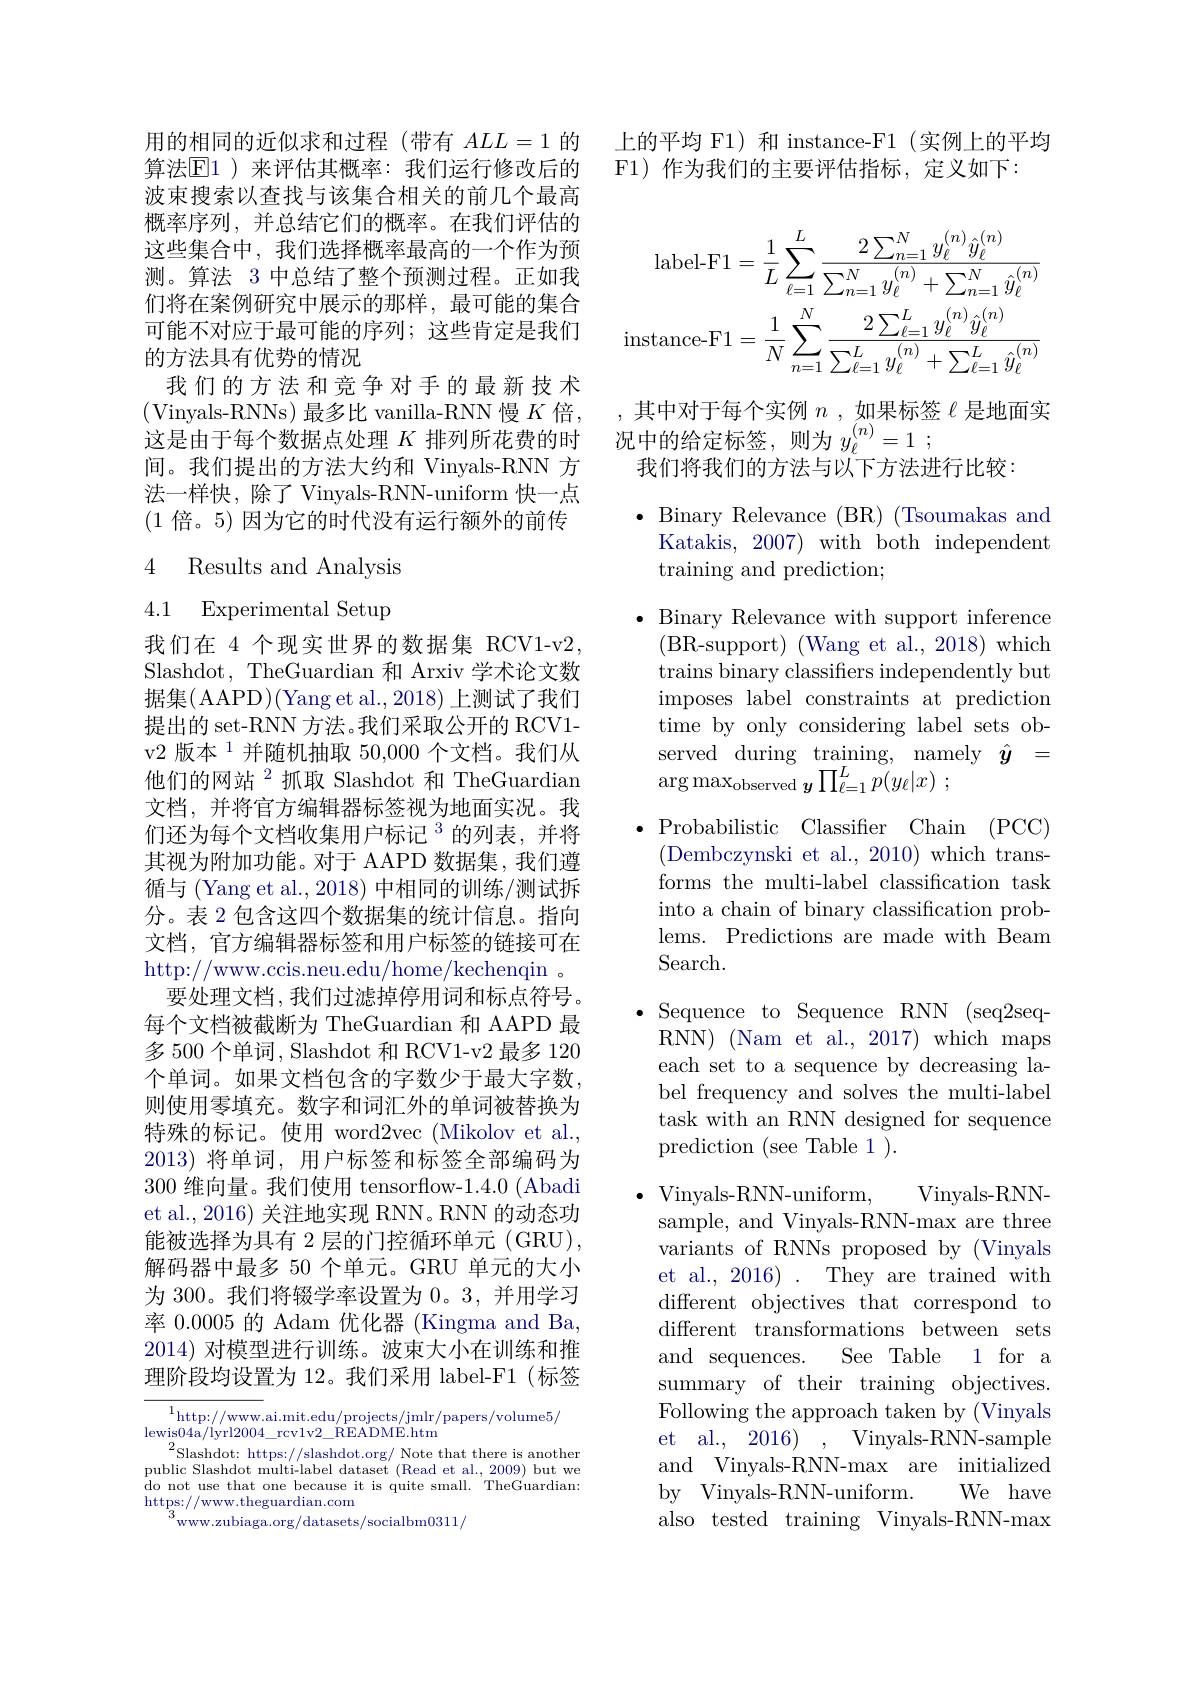
用的相同的近似求和过程(带有$ALL=1$的算法$\overline{\mathrm{E}}1$ )来评估其概率：我们运行修改后的波束搜索以查找与该集合相关的前几个最高概率序列，并总结它们的概率。在我们评估的这些集合中，我们选择概率最高的一个作为预测。算法 3 中总结了整个预测过程。正如我们将在案例研究中展示的那样，最可能的集合可能不对应于最可能的序列；这些肯定是我们的方法具有优势的情况
我们的方法和竞争对手的最新技术(Vinyals-RNNs)最多比 vanilla-RNN 慢$K$倍， 这是由于每个数据点处理$K$排列所花费的时间。我们提出的方法大约和 Vinyals-RNN 方法一样快，除了 Vinyals-RNN-uniform 快一点(1倍。5) 因为它的时代没有运行额外的前传

## 4 Results and Analysis 4.1 Experimental Setup

我们在 4 个现实世界的数据集 RCV1-v2, Slashdot, TheGuardian 和 Arxi 据集( AAPD)( Yang et al., 2018) 上测试了我们提出的 set-RNN 方法。我们采取公开的 RCV1- v2 版本 $^{1}$并随机抽取 50,000 个文档。我们从他们的网站$^2$抓取 Slashdot 和 TheGuardian 文档，并将官方编辑器标签视为地面实况。我们还为每个文档收集用户标记$^{3}$的列表，并将其视为附加功能。对于 AAPD 数据集，我们遵循与 (Yang et al., 2018) 中相同的训分。表 2 包含这四个数据集的统计信息。指向文档，官方编辑器标签和用户标签的链接可在http://www.ccis.neu.edu/home/kechenqin 。
要处理文档，我们过滤掉停用词和标点符号。每个文档被截断为 TheGuardian 和 AAPD 最多500个单词，Slashdot 和 RCV1-v2 个单词。如果文档包含的字数少于最大字数， 则使用零填充。数字和词汇外的单词被替换为特殊的标记。使用 word2vec (Mikolov et al., 2013) 将单词，用户标签和标签全部编码为300 维向量。我们使用 tensorflow-1.4.0 (Abadi et al., 2016) 关注地实现 RNN。RNN 的动态功能被选择为具有 2 层的门控循环单元 (GRU), 解码器中最多 50 个单元。GRU 单元的大小为 300。我们将辍学率设置为0。3,并用学习率 0.0005 的 Adam 优化器 (Kingma and Ba, 2014) 对模型进行训练。波束大小在训练和推理阶段均设置为 12。我们采用 label-F1 (标签

$\begin{array}{cc}{{^{1}\mathrm{http://www.}}}&{\mathrm{ai.mit.edu/projects/jmlr/papers/volume}5/}\\{\mathrm{lewis04a/lyrl2004\_rcvlv2\_README.htm}}\end{array}$ $^{2}$Slashdot: https://slas do not use that one because https://www.theguardian.com
www.zubiaga.org/datasets/socialbm0311/

上的平均 F1) 和 instance-F1 (实例上的
F1)作为我们的主要评估指标，定义如下：
$$\text{label-F1}=\frac{1}{L}\sum_{\ell=1}^{L}\frac{2\sum_{n=1}^{N}y_{\ell}^{(n)}\hat{y}_{\ell}^{(n)}}{\sum_{n=1}^{N}y_{\ell}^{(n)}+\sum_{n=1}^{N}\hat{y}_{\ell}^{(n)}}\\\text{instance-F1}=\frac{1}{N}\sum_{n=1}^{N}\frac{2\sum_{\ell=1}^{L}y_{\ell}^{(n)}\hat{y}_{\ell}^{(n)}}{\sum_{\ell=1}^{L}y_{\ell}^{(n)}+\sum_{\ell=1}^{L}\hat{y}_{\ell}^{(n)}}$$
其中对于每个实例$n$ ,如果标签$\ell$是地面实
况中的给定标签，则为$y_{\ell }^{( n) }= 1$ ;
我们将我们的方法与以下方法进行比较：

$\bullet$ Binary Relevance (BR) (Tsoumakas and
Katakis, 2007) with both independent
training and prediction;

$\bullet$ Binary Relevance with su (BR-support) (Wang et al., 2018) which trains binary classifiers independently but imposes label constraints at prediction time by only considering label sets observed during training, namely $\hat{y}=$ $\arg\max_{\mathrm{observed}}{\boldsymbol{y}}\prod_{\ell=1}^{L}p(y_{\ell}|x)$
$\bullet$Probabilistic Classifie
(Dembczynski et al., 2010) which transforms the multi-label classification task into a chain of binary classification problems. Predictions are made w Search.
$\bullet$ Sequence to Sequence RNN (seq2seqRNN) (Nam et al., 2017) which maps each set to a sequence by decreasing label frequency and solves the multi-label task with an RNN designed for sequence prediction (see Table 1 ).
Vinyals- RNN-
$\bullet$ Vinyals-RNN-uniform,
sample, and Vinyals-RNN-max variants of RNNs proposed by (Vinyals et al., 2016) . They are trained with different objectives that correspond to different transformations between sets and sequences.
See Table 1 for a
summary of their training objectives. Following the approach taken et al., 2016) , Vinyals-RNN-sample and Vinyals-RNN-max are initialized
We have

by Vinyals-RNN-uniform.
also tested training Vinyals-RNN-max